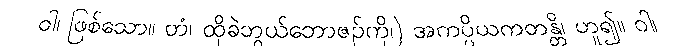
ဝါ၊ ဖြစ်သော။ တံ၊ ထိုခဲဘွယ်ဘောဇဉ်ကို၊) အကပ္ပိယကတန္တိ၊ ဟူ၍။ ဝါ၊